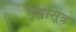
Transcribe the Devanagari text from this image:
गृह्वासूत्र